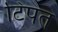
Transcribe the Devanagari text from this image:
टिपत